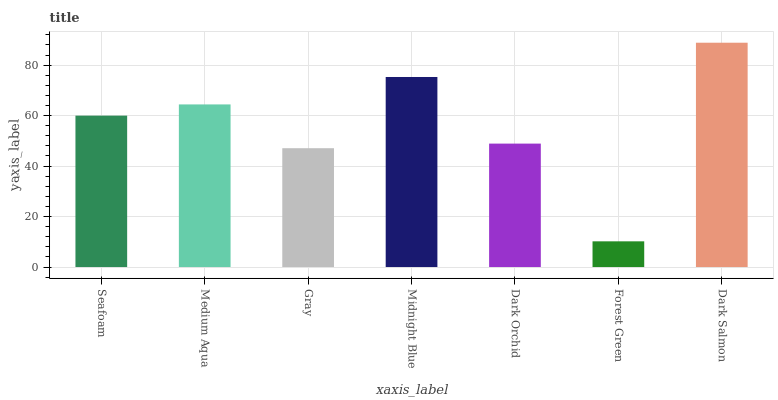
| xaxis_label | bars |
 | --- | --- |
 | Seafoam | 60 |
 | Medium Aqua | 64.4 |
 | Gray | 47.1 |
 | Midnight Blue | 75.3 |
 | Dark Orchid | 48.9 |
 | Forest Green | 10.2 |
 | Dark Salmon | 88.9 |